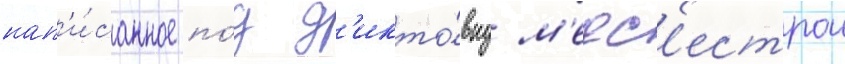
нап'и́санное по́д д'икто́вку м'едс'естрои